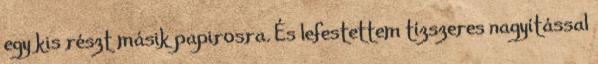
egy kis részt másik papirosra. És lefestettem tízszeres nagyítással